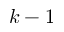
k - 1